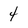
Character: 4